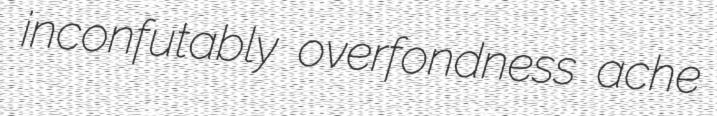
inconfutably overfondness ache